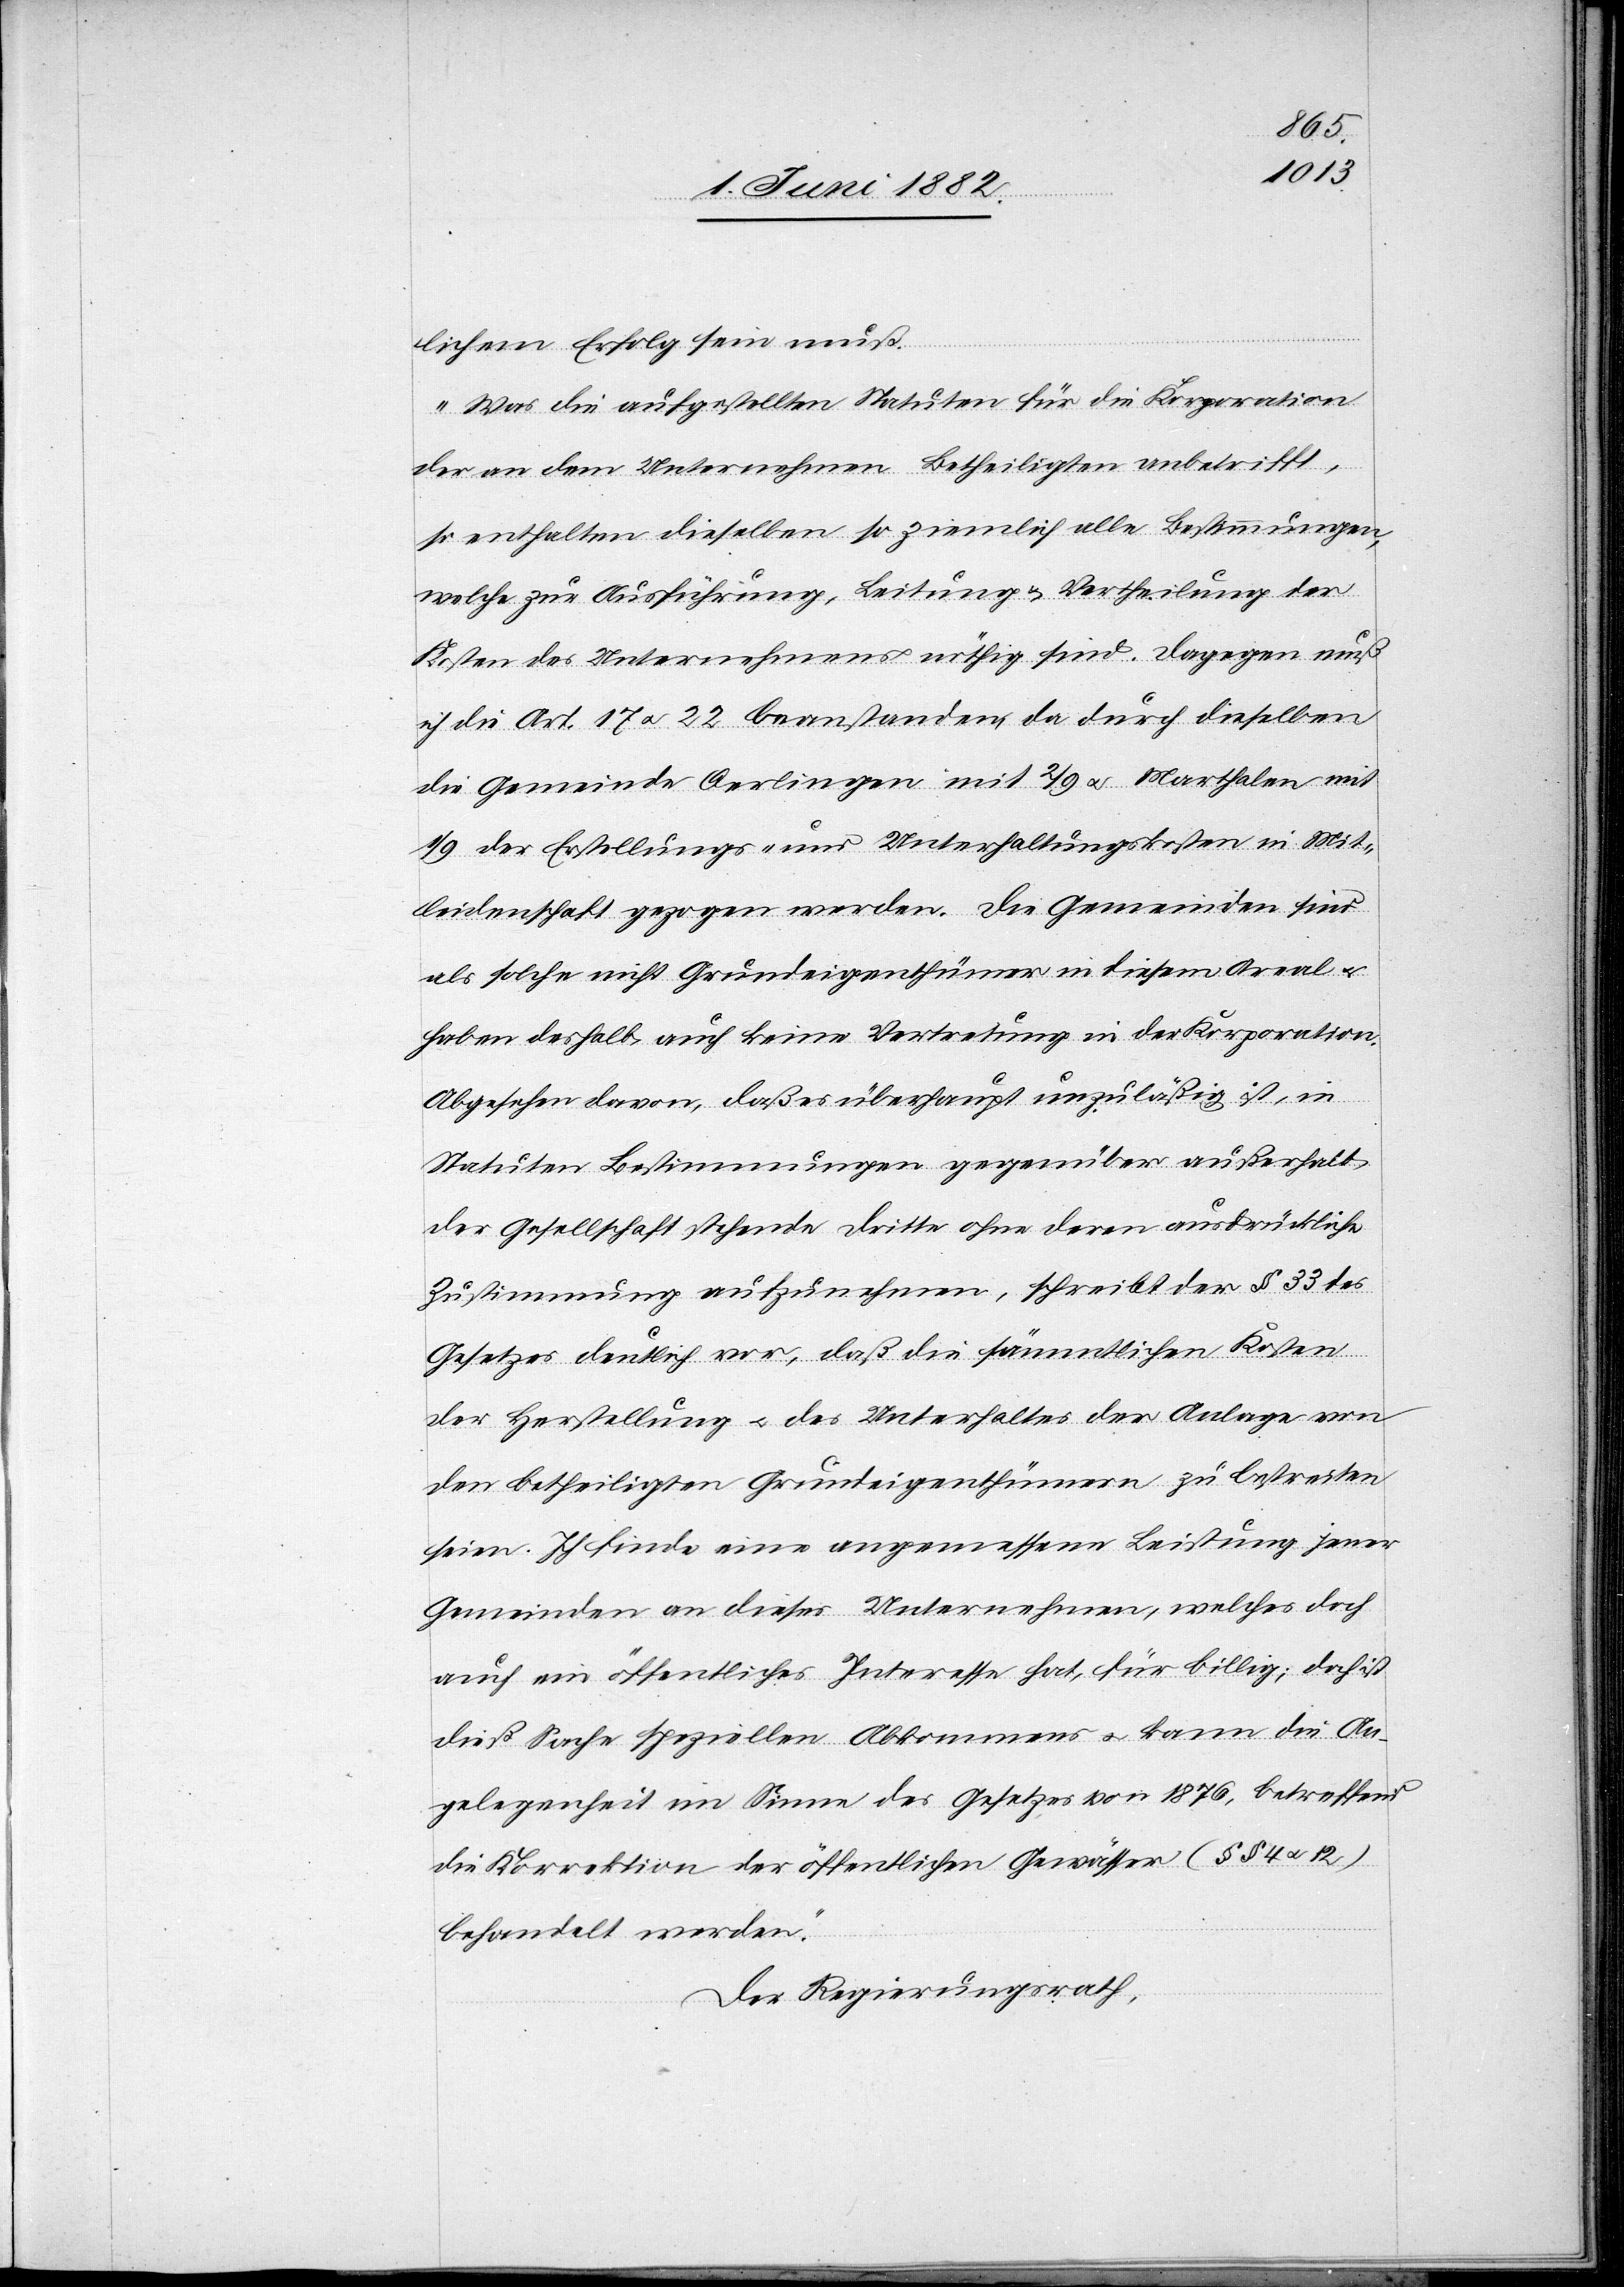
lichem Erfolg sein muß.
Was die aufgestellten Statuten für die Korporation
der an dem Unternehmen Betheiligten anbetrifft,
so enthalten dieselben so ziemlich alle Bestimmungen,
welche zur Ausführung, Leitung & Vertheilung der
Kosten des Unternehmens nöthig sind. Dagegen muß
ich die Art. 17 u. 22 beanstanden, da durch dieselben
die Gemeinde Oerlingen mit 2/9 u. Marthalen mit
1/9 der Erstellungs- und Unterhaltungskosten in Mit¬
leidenschaft gezogen werden. Die Gemeinden sind
als solche nicht Grundeigenthümer in diesem Areal
haben deshalb auch keine Vertretung in der Korporation.
Abgesehen davon, daß es überhaupt unzuläßig ist, in
Statuten Bestimmungen gegenüber außerhalb
der Gesellschaft stehende Dritte ohne deren ausdrückliche
Zustimmung aufzunehmen, schreibt der § 33 des
Gesetzes deutlich vor, daß die sämmtlichen Kosten
der Herstellung u. des Unterhaltes der Anlage von
den betheiligten Grundeigenthümern zu bestreiten
seien. Ich finde eine angemessene Leistung jener
Gemeinden an dieses Unternehmen, welches doch
auch ein öffentliches Interesse hat, für billig; doch ist
dieß Sache speziellen Abkommens u. kann die An¬
gelegenheit im Sinne des Gesetzes von 1876, betreffend
die Korrektion der öffentlichen Gewässer (§§ 4 u. 12)
behandelt werden.“
Der Regierungsrath,